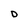
Character: D